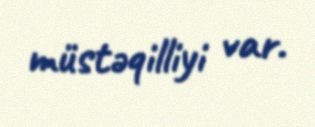
müstəqilliyi var.